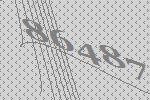
86487